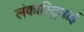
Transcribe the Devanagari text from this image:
लंकास्ट्रियाई